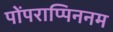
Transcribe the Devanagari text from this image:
पोंपराप्पिननम